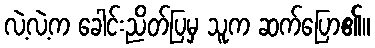
လဲ့လဲ့က ခေါင်းညိတ်ပြမှ သူက ဆက်ပြော၏။